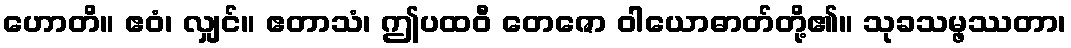
ဟောတိ။ ဧဝံ၊ လျှင်။ ဧတာသံ၊ ဤပထဝီ တေဇော ဝါယောဓာတ်တို့၏။ သုခသမ္ဖဿတာ၊